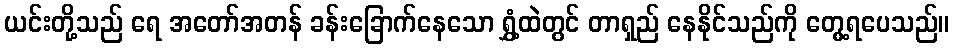
ယင်းတို့သည် ရေ အတော်အတန် ခန်းခြောက်နေသော ရွှံ့ထဲတွင် တာရှည် နေနိုင်သည်ကို တွေ့ရပေသည်။